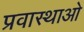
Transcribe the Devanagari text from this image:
प्रवास्थाओ